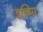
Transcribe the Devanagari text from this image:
इज़्मिर